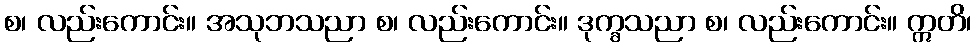
စ၊ လည်းကောင်း။ အသုဘသညာ စ၊ လည်းကောင်း။ ဒုက္ခသညာ စ၊ လည်းကောင်း။ ဣတိ၊